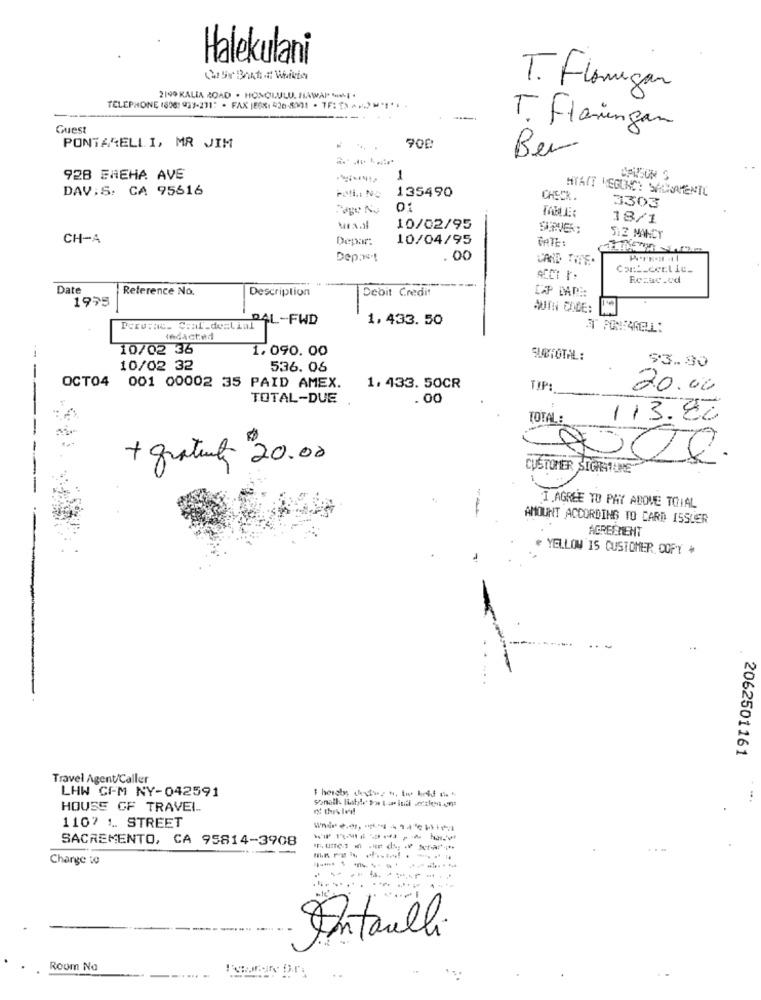
Halekulani
T. Flanagan
2190 KALIA ROAD . HONOLULU. HAWAI* * I .
TELEPHONE (806: 937-231: · FAX (EX: 426-301 - TF: ) *******
-....
-
Guest
T. Flamingan
PONTARELLI, MR JIM
900
Ber
928 EHEHA AVE
1
DAV:S: CA 95616
135490
HYATT VEGUNS! SALWAMENTE
CHECK.
Page No
01
3303
18/1
10/02/95
CH-A
Depar:
10/04/95
GATE:
512 MANCY
Depost
.00
Persil
Date
Reference No.
Description
Debit Credit
CAP AWIE
1975
AUTH CODE:
PAL-FWD
1. 433. 50
Peru:ac. C:al_derliul
ITT PON:46ELL:
redacted
10/02 35
1. 090. 00
SUBTOTAL:
93.90
10/02 32
536. 06
---
OCT04 001 00002 35 PAID AMEX.
1. 433. 50CR
TIP
20.00
TOTAL-DUE
.00
TOTAL:
113.80
+ gratuity 20.00
CUSTOMER SIGNATURE"
I AGREE TO PAY ABOVE TOTAL
AMOUNT ACCORDING TO CARD ISSUER
AGREEMENT
# YELLOW IS CUSTOMER COPY *
..
---
.......
2062501161
Travel Agent/Caller
LHW CEM NY-042591
HOUSE OF TRAVEL
1107 1. STREET
SACREMENTO, CA 95814-3908
Charge to
-----
Intailli
Room No